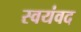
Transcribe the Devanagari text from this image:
स्वयंवद